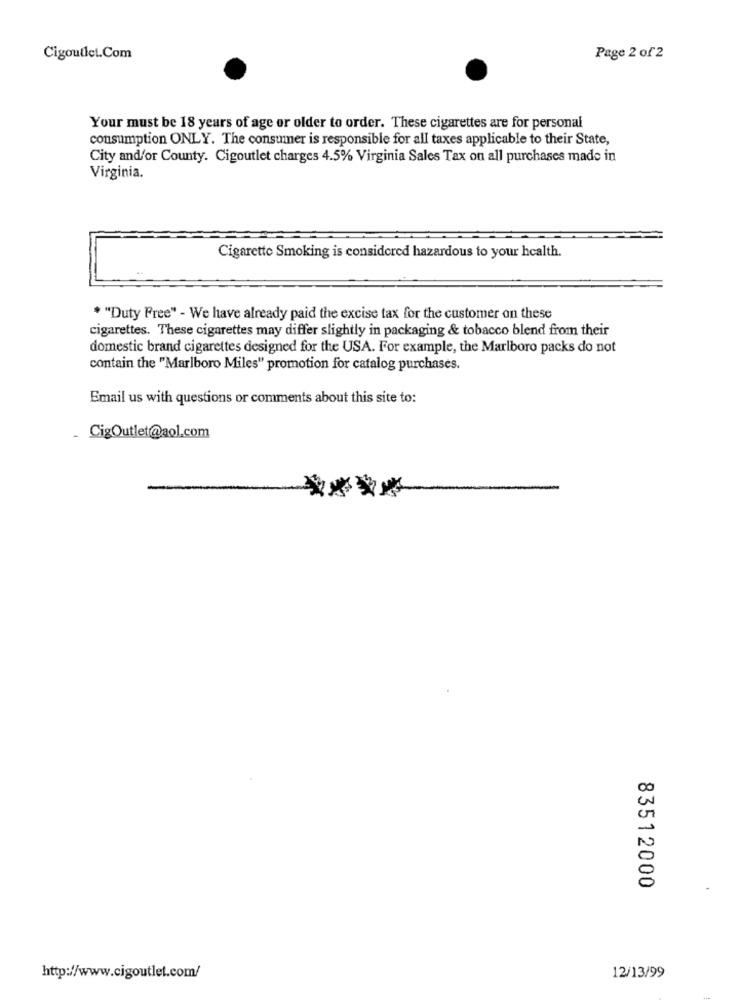
Cigoutlet.Com
Page 2 of 2
Your must be 18 years of age or older to order. These cigarettes are for personal
consumption ONLY. The consumer is responsible for all taxes applicable to their State,
City and/or County. Cigoutlet charges 4.5% Virginia Sales Tax on all purchases made in
Virginia.
Cigarette Smoking is considered hazardous to your health.
* "Duty Free" - We have already paid the excise tax for the customer on these
cigarettes. These cigarettes may differ slightly in packaging & tobacco blend from their
domestic brand cigarettes designed for the USA. For example, the Marlboro packs do not
contain the "Marlboro Miles" promotion for catalog purchases.
Email us with questions or comments about this site to:
CigOutlet@aol.com
83512000
http://www.cigoutlet.com/
12/13/99